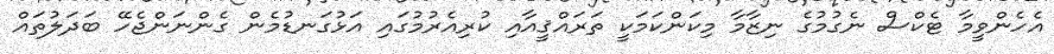
އެހެންވީމާ ޓެކްސް ނެގުމުގެ ނިޒާމާ މިކަންކަމަކީ ތަރައްޤީއާއި ކުރިއެރުމުގައި އަޅުގަނޑުމެން ގެންނަންޖެހޭ ބަދަލުތައް